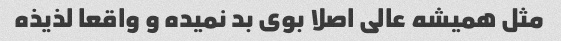
مثل همیشه عالی اصلا بوی بد نمیده و واقعا لذیذه